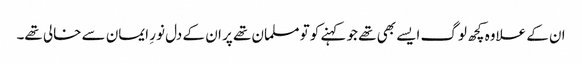
ان کے علاوہ کچھ لوگ ایسے بھی تھے جو کہنے کو تو مسلمان تھے پر ان کے دل نورِ ایمان سے خالی تھے۔